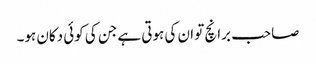
صاحب برانچ تو ان کی ہوتی ہے جن کی کوئی دکان ہو۔